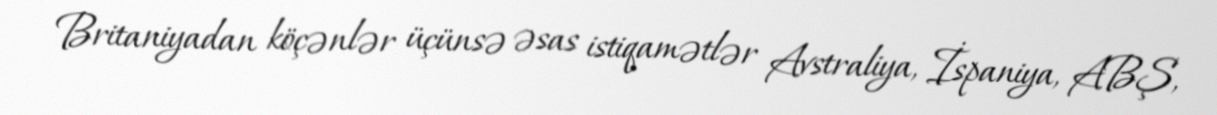
Britaniyadan köçənlər üçünsə əsas istiqamətlər Avstraliya, İspaniya, ABŞ,